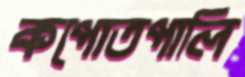
কপোতপালি